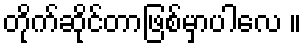
တိုက်ဆိုင်တာဖြစ်မှာပါလေ ။